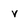
Character: v